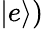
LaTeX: |e\rangle)